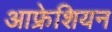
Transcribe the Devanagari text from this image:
आफ्रेशियन